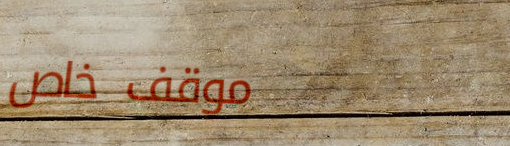
موقف خاص